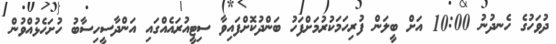
ދުވަހުގެ ހެނދުނު 10:00 އަށް ބީލަން ފުރިހަމަކުރުމަށްފަހު ބަންދުކޮށްފައިވާ ސިޓީއުރައެއްގައި އަންދާސީހިސާބު ހުށަހެޅުއްވުން